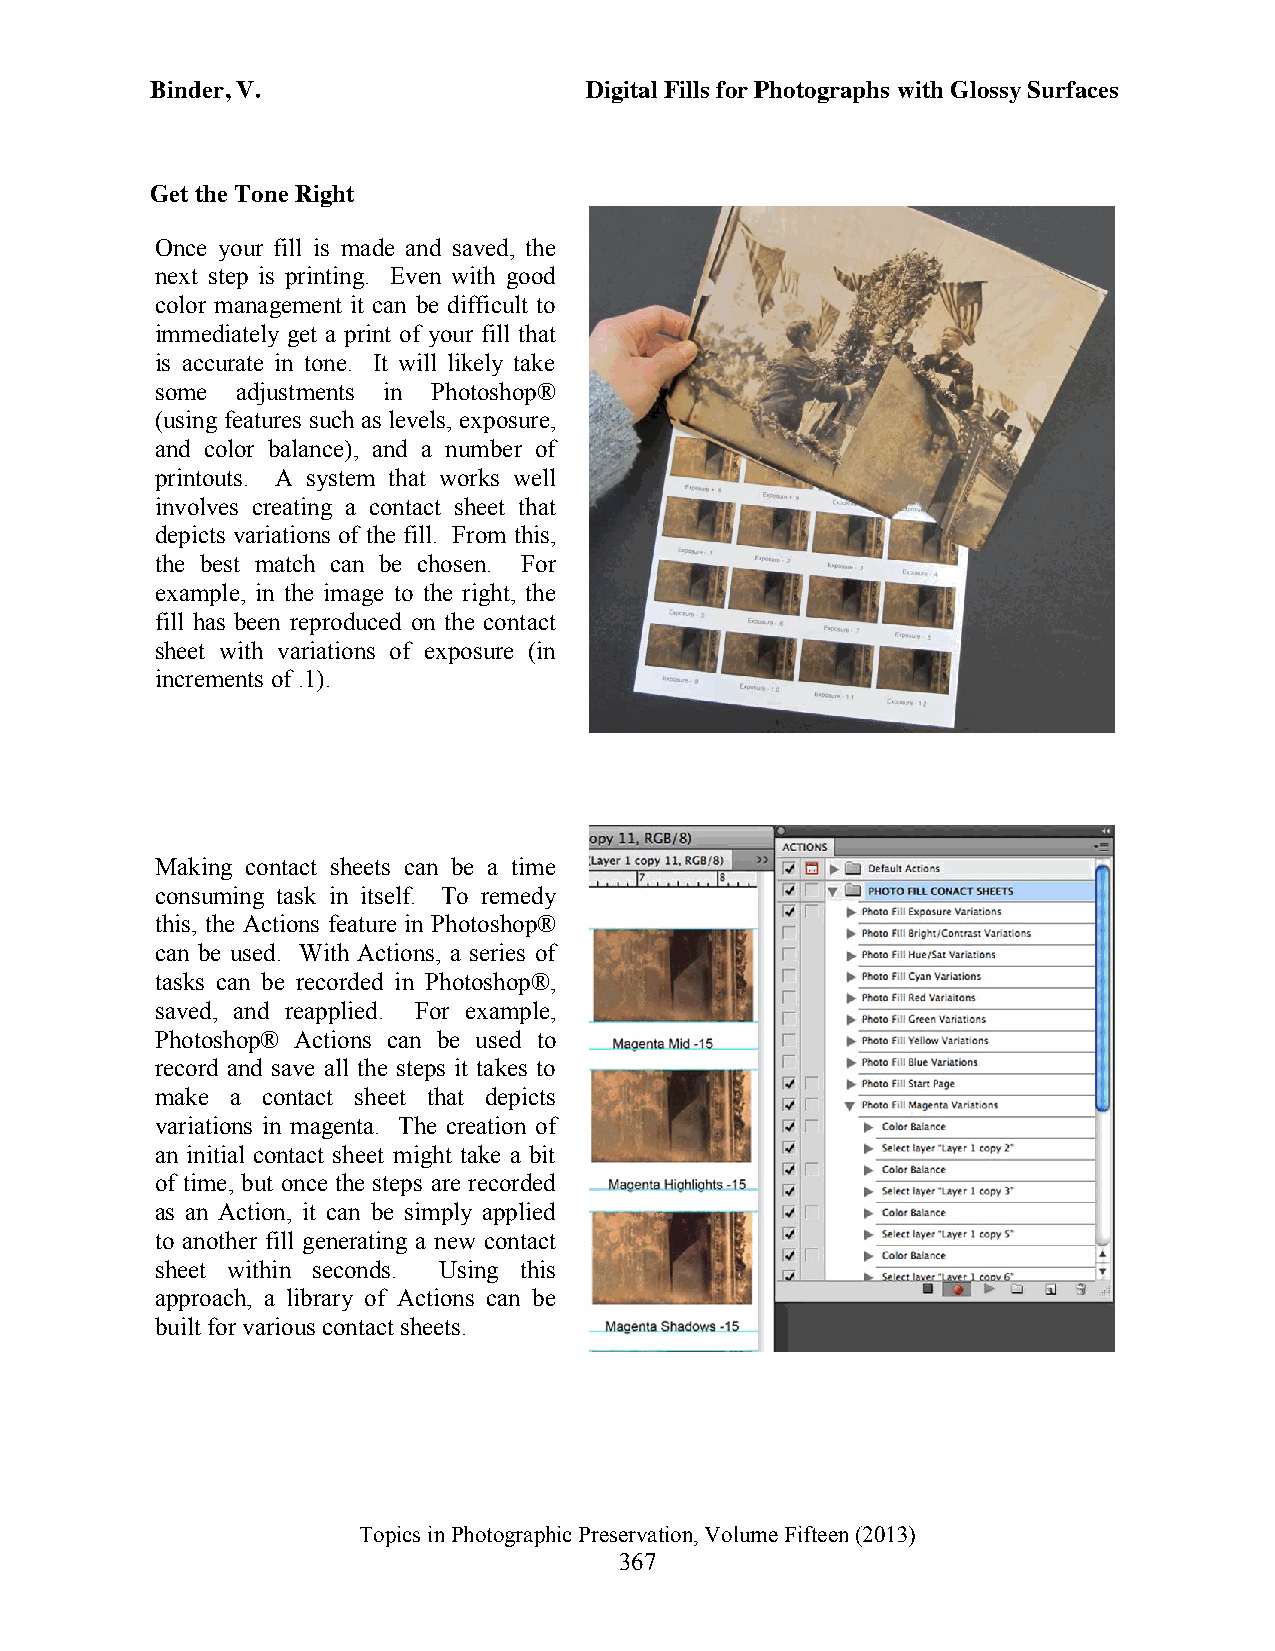
Binder, V.                   Digital Fills for Photographs with Glossy Surfaces
 Get the Tone Right
 Once your fill is made and saved, the
 next step is printing. Even with good
 color management it can be difficult to
 immediately get a print of your fill that
 is accurate in tone. It will likely take
 some  adjustments in Photoshop®
 (using features such as levels, exposure,
 and color balance), and a number of
 printouts. A system that works well
 involves creating a contact sheet that
 depicts variations of the fill. From this,
 the best match can be chosen. For
 example, in the image to the right, the
 fill has been reproduced on the contact
 sheet with variations of exposure (in
 increments of .1).
 Making contact sheets can be a time
 consuming task in itself. To remedy
 this, the Actions feature in Photoshop®
 can be used. With Actions, a series of
 tasks can be recorded in Photoshop®,
 saved, and reapplied. For example,
 Photoshop® Actions can be used to
 record and save all the steps it takes to
 make a contact sheet that depicts
 variations in magenta. The creation of
 an initial contact sheet might take a bit
 of time, but once the steps are recorded
 as an Action, it can be simply applied
 to another fill generating a new contact
 sheet within seconds. Using this
 approach, a library of Actions can be
 built for various contact sheets.
 Topics in Photographic Preservation, Volume Fifteen (2013)
 367